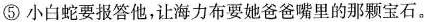
⑤小白蛇要报答他，让海力布要她爸爸嘴里的那颗宝石。